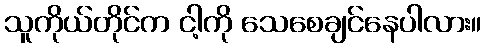
သူကိုယ်တိုင်က ငါ့ကို သေစေချင်နေပါလား။